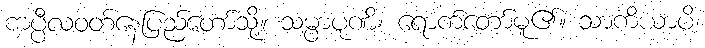
ကပ္ပီလဝတ်နေပြည်တော်သို့။ သမ္ပာပုဏိ၊ ရောက်တော်မူ၏။ သာကိယာပိ၊